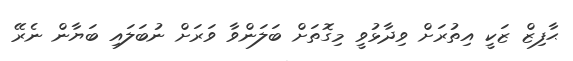
ޙާފިޒް ޒަކީ އިތުރަށް ވިދާޅުވީ މިގޮތަށް ބަލަންވާ ވަރަށް ނުބަލައި ބަޔާން ނެރޭ